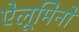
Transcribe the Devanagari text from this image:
ऐलूमिनों